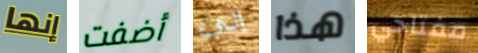
إنها أضفت إلى هذا مفتاحي